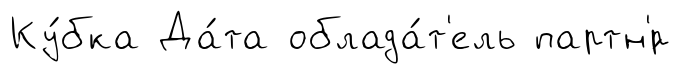
Ку́бка Да́та облада́т'ель партн'́р